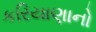
કરિયાણાનો